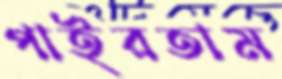
পাইরতাম